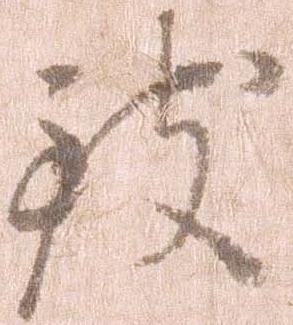
致